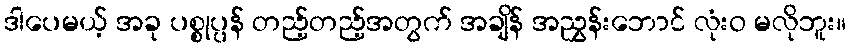
ဒါပေမယ့် အခု ပစ္စုပ္ပန် တည့်တည့်အတွက် အချိန် အညွှန်းဘောင် လုံးဝ မလိုဘူး။